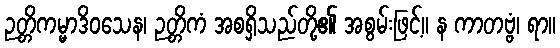
ဉတ္တိကမ္မာဒိဝသေန၊ ဉတ္တိကံ အစရှိသည်တို့၏ အစွမ်းဖြင့်။ န ကာတဗ္ဗံ၊ ရာ။